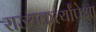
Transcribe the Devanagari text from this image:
राज्यकर्त्यांपेक्षा